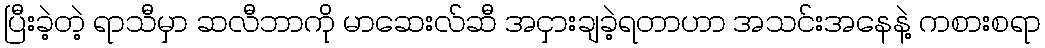
ပြီးခဲ့တဲ့ ရာသီမှာ ဆလီဘာကို မာဆေးလ်ဆီ အငှားချခဲ့ရတာဟာ အသင်းအနေနဲ့ ကစားစရာ